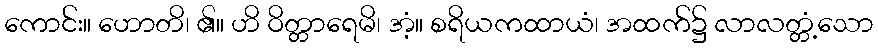
ကောင်း။ ဟောတိ၊ ၏။ ဟိ ဝိတ္တာရေမိ၊ အံ့။ စရိယကထာယံ၊ အထက်၌ လာလတ္တံ့သော